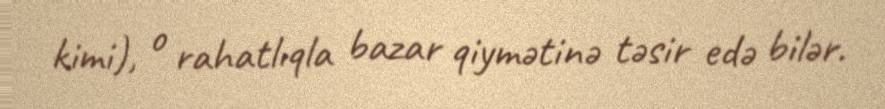
kimi), o rahatlıqla bazar qiymətinə təsir edə bilər.